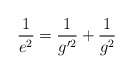
\begin{align*}\frac{1}{e^{2}}=\frac{1}{g'^{2}}+\frac{1}{g^{2}}\end{align*}